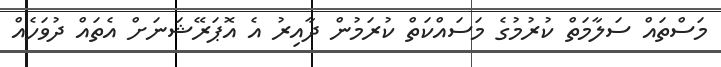
މަސްތައް ސަލާމަތް ކުރުމުގެ މަސައްކަތް ކުރަމުން ދާއިރު އެ އޮޕަރޭޝަނަށް އެތައް ދުވަހެއް